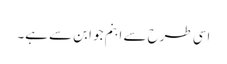
اسی طرح سے ابنم جو ابن سے ہے۔